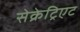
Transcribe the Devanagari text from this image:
सेक्रेट्रिएट